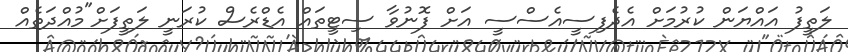
ލަތީފު އައްޔަން ކުރުމަށް އެދެފިސީއެސްސީ އަށް ފޮނުވާ ސިޓީތައް އެޑްރެސް ކުރަނީ ލަތީފަށް"މުއްދަތެއް